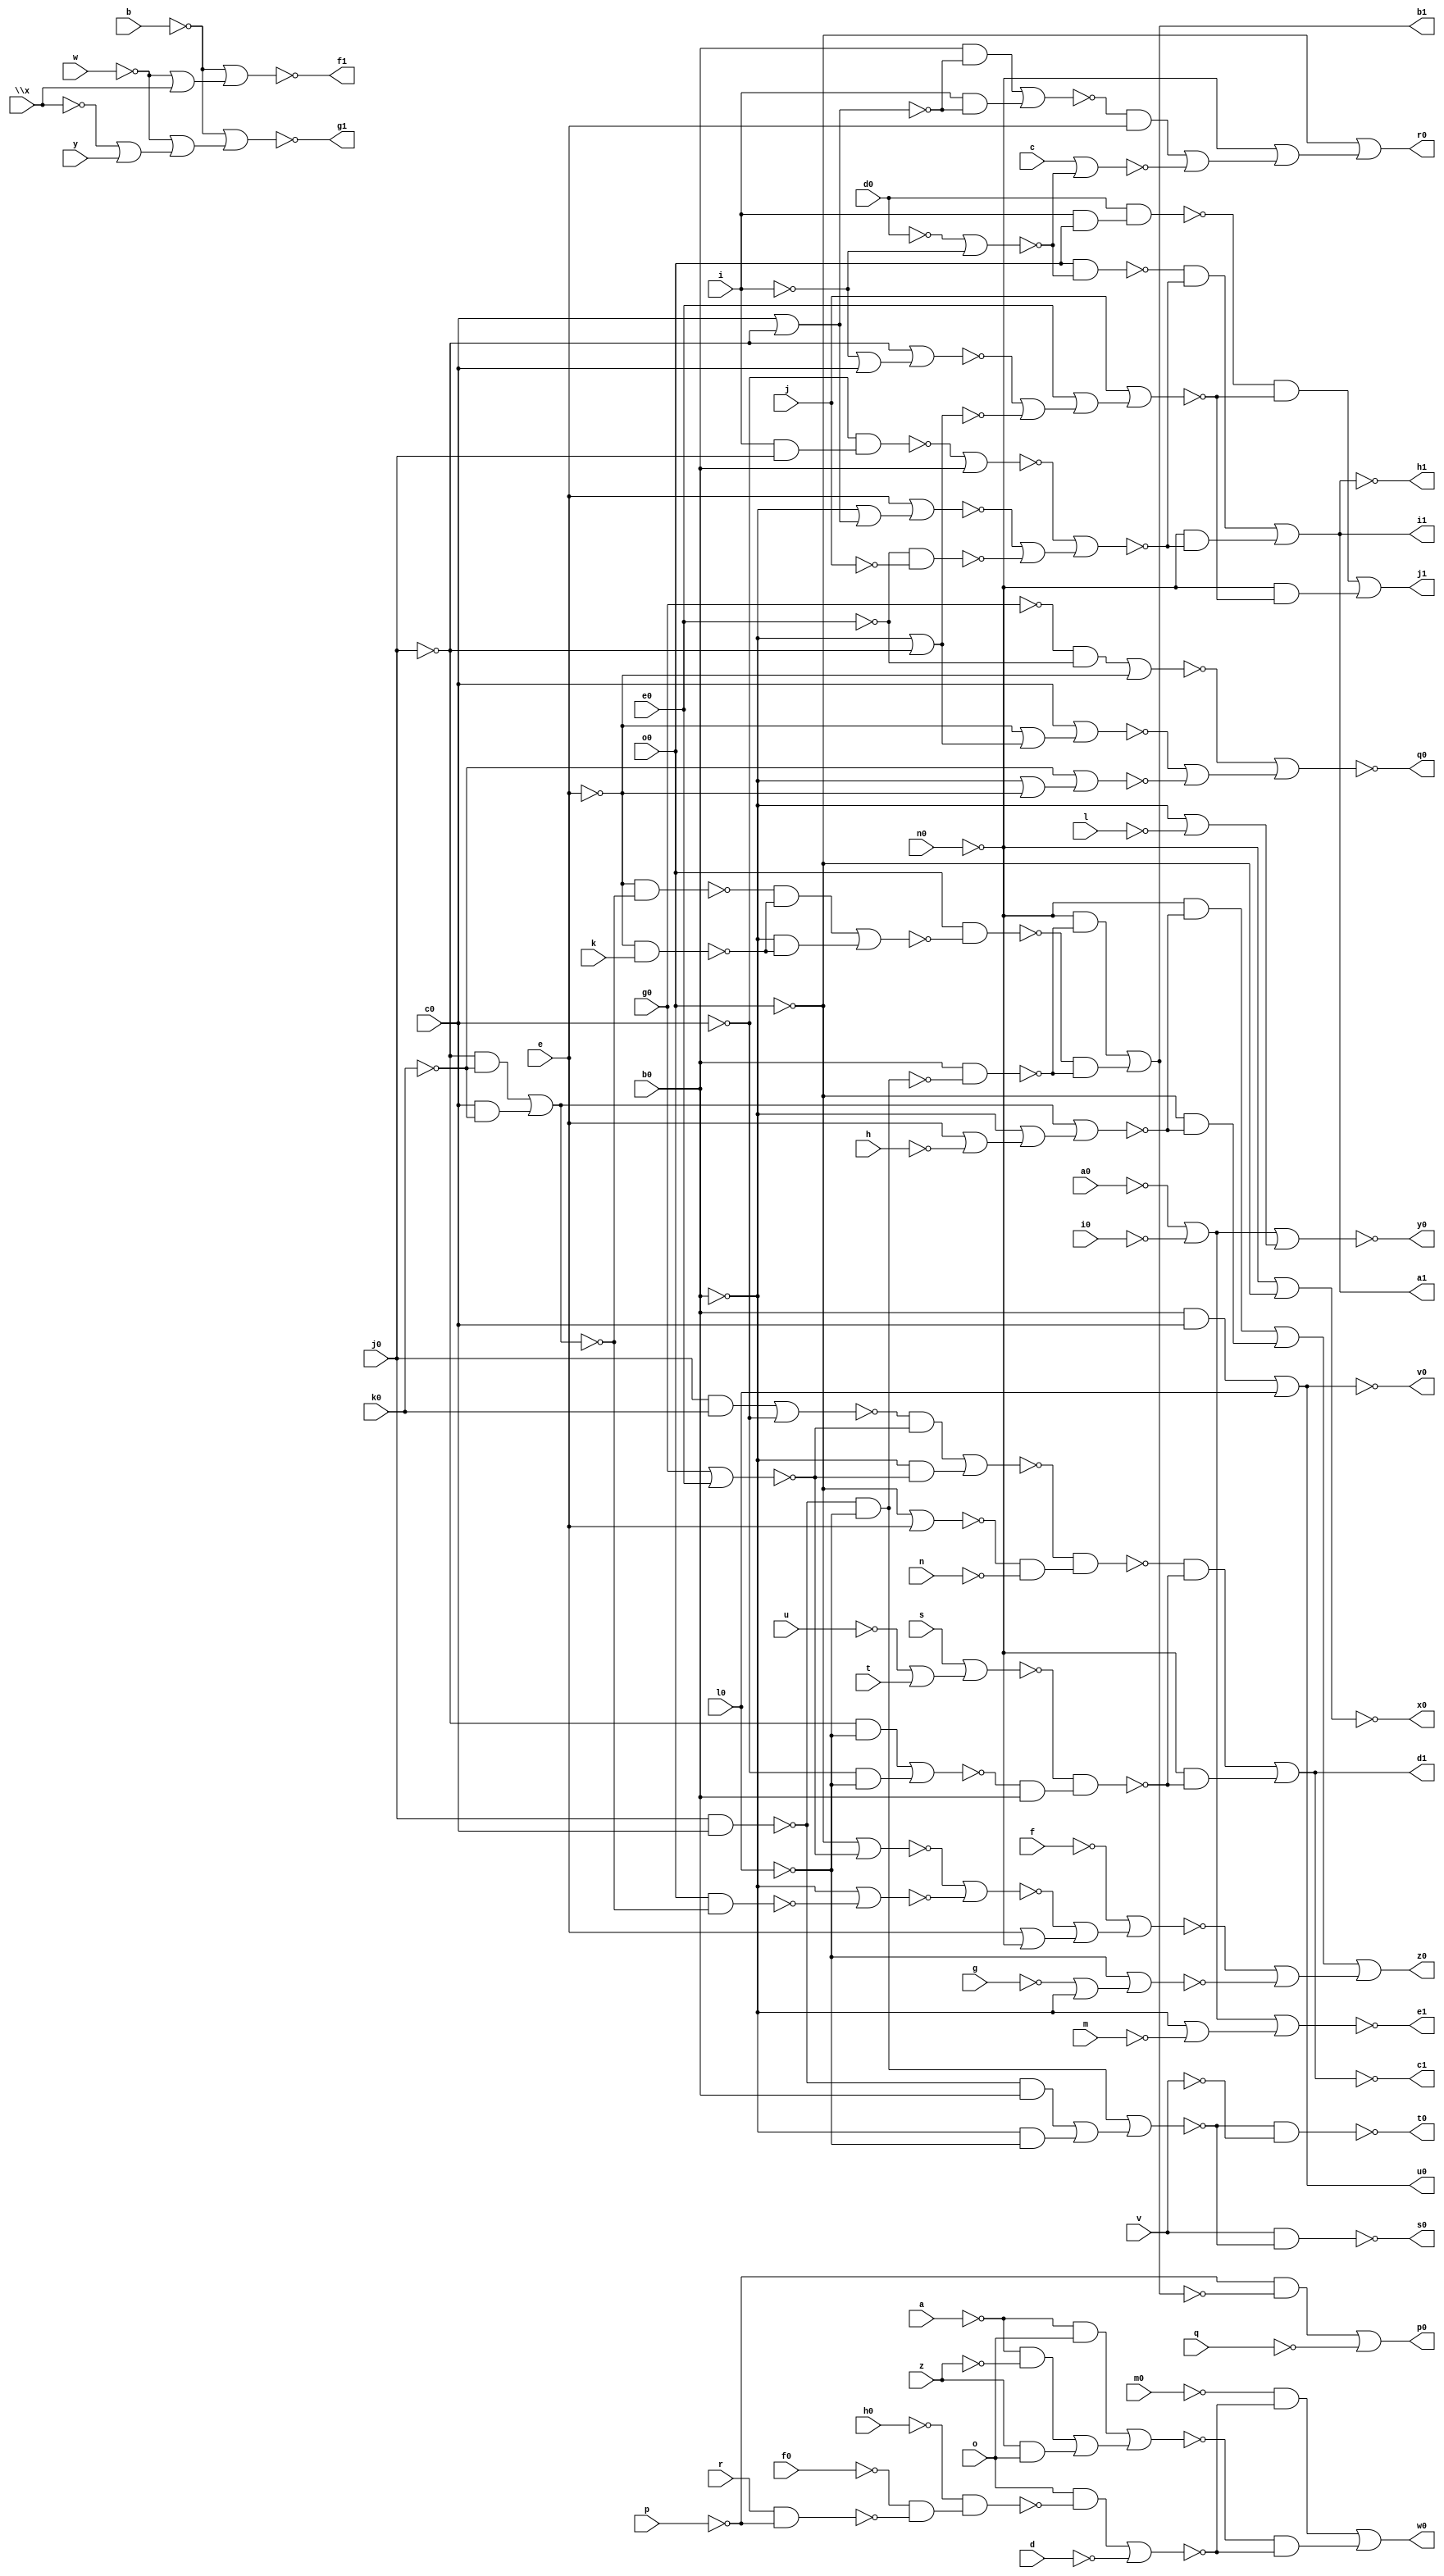
// IWLS benchmark module "b9" printed on Wed May 29 16:03:33 2002
module b9(a, b, c, d, e, f, g, h, i, j, k, l, m, n, o, p, q, r, s, t, u, v, w, \x , y, z, a0, b0, c0, d0, e0, f0, g0, h0, i0, j0, k0, l0, m0, n0, o0, p0, q0, r0, s0, t0, u0, v0, w0, x0, y0, z0, a1, b1, c1, d1, e1, f1, g1, h1, i1, j1);
input
  a,
  b,
  c,
  d,
  e,
  f,
  g,
  h,
  i,
  j,
  k,
  l,
  m,
  n,
  o,
  p,
  q,
  r,
  s,
  t,
  u,
  v,
  w,
  \x ,
  y,
  z,
  a0,
  b0,
  c0,
  d0,
  e0,
  f0,
  g0,
  h0,
  i0,
  j0,
  k0,
  l0,
  m0,
  n0,
  o0;
output
  a1,
  b1,
  c1,
  d1,
  e1,
  f1,
  g1,
  h1,
  i1,
  j1,
  p0,
  q0,
  r0,
  s0,
  t0,
  u0,
  v0,
  w0,
  x0,
  y0,
  z0;
wire
  \[15] ,
  \[16] ,
  \[17] ,
  \[18] ,
  \[19] ,
  \[0] ,
  \[1] ,
  \[20] ,
  \[2] ,
  \[3] ,
  \[4] ,
  \[5] ,
  \[6] ,
  \[7] ,
  \[8] ,
  \[9] ,
  a3,
  a4,
  a5,
  b3,
  b4,
  b5,
  c3,
  c4,
  c5,
  d3,
  d4,
  d5,
  e3,
  e4,
  e5,
  f2,
  f3,
  f4,
  f5,
  g2,
  g3,
  g4,
  g5,
  h2,
  h3,
  h4,
  h5,
  i2,
  i3,
  i4,
  i5,
  j2,
  j3,
  j4,
  j5,
  k2,
  k3,
  k4,
  k5,
  l2,
  l3,
  l4,
  l5,
  m2,
  m3,
  m4,
  m5,
  n2,
  n3,
  n4,
  n5,
  o2,
  o3,
  o4,
  o5,
  p2,
  p3,
  p4,
  p5,
  q2,
  q3,
  q4,
  q5,
  r2,
  r3,
  r4,
  r5,
  s2,
  s3,
  s4,
  s5,
  t2,
  t3,
  t4,
  t5,
  u2,
  u3,
  u4,
  u5,
  v2,
  v3,
  v4,
  v5,
  w2,
  w3,
  w4,
  w5,
  x2,
  x3,
  x4,
  y2,
  y3,
  y4,
  z2,
  z3,
  z4,
  \[10] ,
  \[11] ,
  \[12] ,
  \[13] ,
  \[14] ;
assign
  \[15]  = ~i3,
  \[16]  = ~d4,
  \[17]  = ~e4,
  \[18]  = ~\[11] ,
  \[19]  = ~\[18] ,
  \[0]  = (~p & ~o2) | ~q,
  \[1]  = ~z3,
  \[20]  = (~t2 & ~s2) | (~n0 & ~s2),
  \[2]  = ~o0 | (~n0 | ~l3),
  \[3]  = ~f3,
  \[4]  = ~g3,
  \[5]  = ~\[6] ,
  \[6]  = ~j4,
  \[7]  = (~m0 & ~u2) | (~v2 & ~u2),
  \[8]  = ~a5,
  \[9]  = ~x2,
  a1 = \[11] ,
  a3 = ~o0,
  a4 = ~j0,
  a5 = ~n0 | ~o0,
  b1 = \[12] ,
  b3 = ~\x ,
  b4 = ~g0,
  b5 = ~n4 | ~u3,
  c1 = \[13] ,
  c3 = ~y,
  c4 = ~e,
  c5 = ~o0 | ~c4,
  d1 = \[14] ,
  d3 = ~v,
  d4 = ~b | (~w | ~b3),
  d5 = (~t5 & ~b5) | (~b0 & ~b5),
  e1 = \[15] ,
  e3 = ~o0,
  e4 = ~b | (~w | (~\x  | ~c3)),
  e5 = ~d5 & (~c5 & ~n),
  f1 = \[16] ,
  f2 = ~o,
  f3 = ~d3 & ~k3,
  f4 = (~j0 & ~k0) | (~r3 & ~k0),
  f5 = ~w5,
  g1 = \[17] ,
  g2 = ~m2 | (~l2 | ~k2),
  g3 = ~k3 & ~v,
  g4 = ~f4,
  g5 = ~r3 | ~j0,
  h1 = \[18] ,
  h2 = ~j2 & ~i2,
  h3 = ~b0,
  h4 = ~g4 | (~b0 | (~c4 | ~h)),
  h5 = ~r,
  i1 = \[19] ,
  i2 = ~d0 | ~i,
  i3 = ~f5 | (~b0 | ~m),
  i4 = ~a3 & ~f4,
  i5 = ~l0 | (~g | ~b0),
  j1 = \[20] ,
  j2 = ~o0,
  j3 = ~a4 & ~r3,
  j4 = (~h3 & ~r3) | ~k4,
  j5 = ~f | (~m5 | (~c4 | ~n0)),
  k2 = ~e0 & ~j,
  k3 = (~j3 & ~l0) | ((~j3 & ~h3) | ((~b0 & ~l0) | (~b0 & ~h3))),
  k4 = ~l0,
  k5 = ~n5,
  l2 = ~c4 | (~b0 | (~r3 | ~j0)),
  l3 = ~m3,
  l4 = ~h5 & ~p,
  l5 = ~e0,
  m2 = ~n3 | ~h3,
  m3 = (~v5 & ~c4) | ~q3,
  m4 = ~h0 & (~f0 & ~l4),
  m5 = ~p5 | ~o5,
  n2 = ~\[12] ,
  n3 = ~c0 & (~y4 & ~a4),
  n4 = ~g0,
  n5 = (~n0 & ~h4) | (~o0 & ~h4),
  o2 = ~n2,
  o3 = ~d0 | ~i,
  o4 = ~k0,
  o5 = ~b0 | ~i4,
  p0 = \[0] ,
  p2 = ~j0,
  p3 = ~c,
  p4 = ~t,
  p5 = ~o0 | ~q5,
  q0 = \[1] ,
  q2 = ~p2 & ~r3,
  q3 = ~p3 | ~o3,
  q4 = ~s,
  q5 = ~b4 | ~l5,
  r0 = \[2] ,
  r2 = ~q2 & ~l0,
  r3 = ~c0,
  r4 = ~q4 | (~u | ~p4),
  r5 = (~j0 & ~l0) | (~c0 & ~l0),
  s0 = \[3] ,
  s2 = ~v3 | (~u3 | (~s3 | ~t3)),
  s3 = ~j0 | (~i | ~r3),
  s4 = (~v4 & ~x4) | (~b0 & ~x4),
  s5 = ~r4 & (~r5 & ~h3),
  t0 = \[4] ,
  t2 = ~z4 & (~y4 & ~y2),
  t3 = ~b0 | ~j0,
  t4 = ~e3 & ~s4,
  t5 = (~a4 & ~o4) | ~c0,
  u0 = \[5] ,
  u2 = (~f2 & ~m4) | ~d,
  u3 = ~e0,
  u4 = (~r3 & ~k0) | (~j0 & ~k0),
  u5 = ~h3 & ~r2,
  v0 = \[6] ,
  v2 = (~a & ~f2) | ((~a & ~z) | ((~z2 & ~f2) | (~z2 & ~z))),
  v3 = ~j,
  v4 = ~e & ~u4,
  v5 = (~h3 & ~g5) | (~y4 & ~g5),
  w0 = \[7] ,
  w2 = (~e5 & ~s5) | (~n0 & ~s5),
  w3 = ~k0 | (~b0 | ~e),
  w4 = ~k,
  w5 = ~a0 | ~i0,
  x0 = \[8] ,
  x2 = ~f5 | (~b0 | ~l),
  x3 = ~r3 | (~e | (~b0 | ~j0)),
  x4 = ~e & ~w4,
  y0 = \[9] ,
  y2 = ~o0,
  y3 = (~g0 & ~e0) | ~e,
  y4 = ~i,
  z0 = \[10] ,
  z2 = ~z,
  z3 = ~y3 | (~x3 | ~w3),
  z4 = ~d0,
  \[10]  = ~k5 | (~j5 | ~i5),
  \[11]  = (~h2 & ~g2) | (~n0 & ~g2),
  \[12]  = (~n0 & ~u5) | (~t4 & ~u5),
  \[13]  = ~w2,
  \[14]  = ~\[13] ;
endmodule